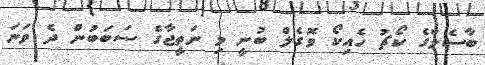
ބާސެލްގެ ކޯޗު ހެއިކޯ ވޮގެލް ބުނީ މި ނަތީޖާގެ ސަބަބުން ދެ ވަނަ